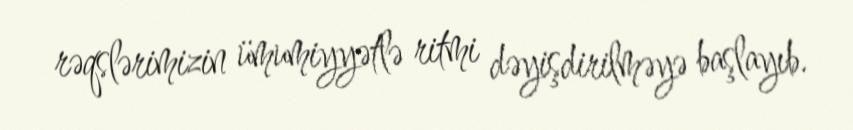
rəqslərimizin ümumiyyətlə ritmi dəyişdirilməyə başlayıb.